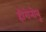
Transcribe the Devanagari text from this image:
हीरोनोबू